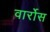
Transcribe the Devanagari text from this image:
वार्रोस